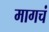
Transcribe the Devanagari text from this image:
मागचं